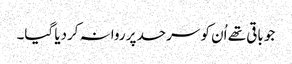
جو باقی تھے اُن کو سرحد پر روانہ کردیا گیا۔